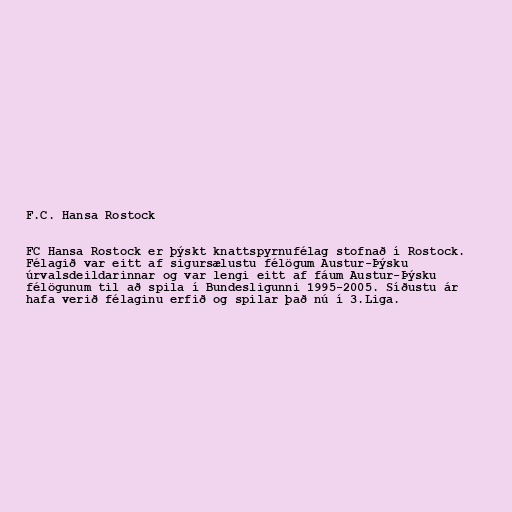
F.C. Hansa Rostock

FC Hansa Rostock er þýskt knattspyrnufélag stofnað í Rostock.
Félagið var eitt af sigursælustu félögum Austur-Þýsku
úrvalsdeildarinnar og var lengi eitt af fáum Austur-Þýsku
félögunum til að spila í Bundesligunni 1995-2005. Síðustu ár
hafa verið félaginu erfið og spilar það nú í 3.Liga.